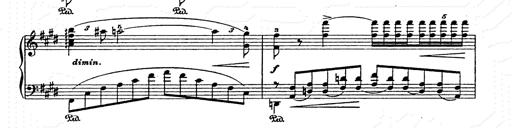
Title: AnnÃ©es de pÃ¨lerinage II
Composer: Franz Liszt